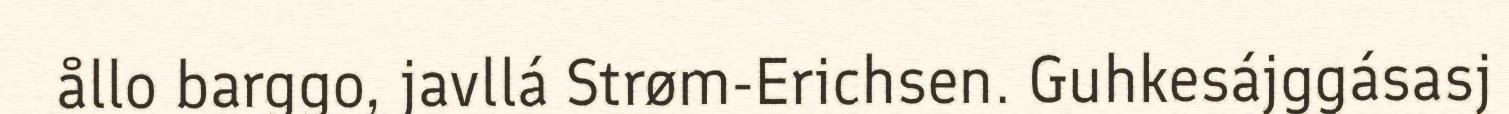
ållo barggo, javllá Strøm-Erichsen. Guhkesájggásasj